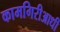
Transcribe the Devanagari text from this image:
कामगिरीआधी